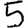
Digit: 5